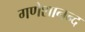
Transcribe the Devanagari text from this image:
गणेशानन्द